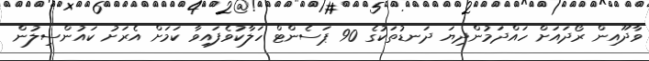
ވާދޫއިން ރޯދައަށް ހައްދަމުންދިޔަ ދަނޑުތަކުގެ 90 ޕަސެންޓް ހަލާކުވެފައިވާ ކަމަށް އެރަށު ކައުންސިލުން